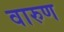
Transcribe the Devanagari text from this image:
वारुण